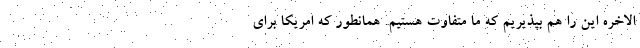
الاخره اين را هم بپذيريم كه ما متفاوت هستيم. همانطور كه امريكا براي